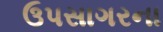
ઉપસાગરના